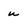
Character: u